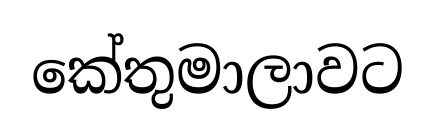
කේතුමාලාවට